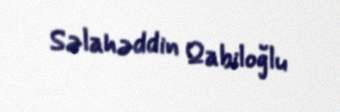
Səlahəddin Qabiloğlu